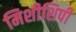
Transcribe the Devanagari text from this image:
मिशीशिपी